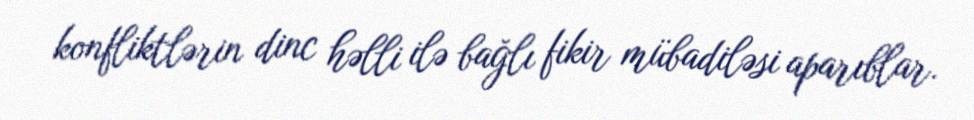
konfliktlərin dinc həlli ilə bağlı fikir mübadiləsi aparıblar.